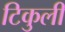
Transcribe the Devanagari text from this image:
टिकुली